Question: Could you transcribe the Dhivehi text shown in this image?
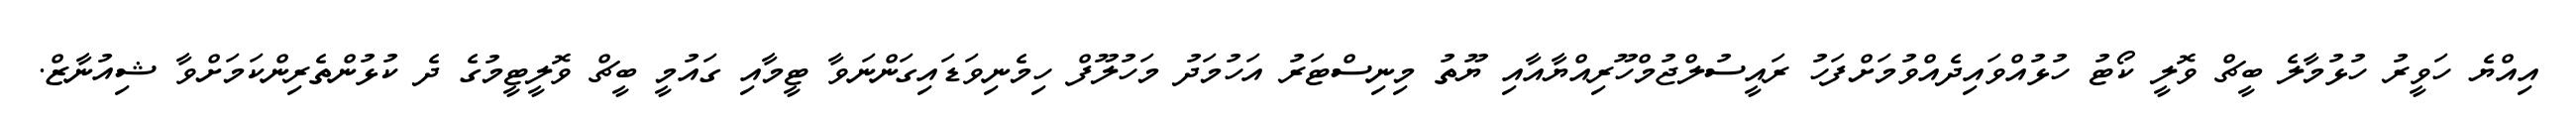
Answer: އިއްޔެ ހަވީރު ހުޅުމާލެ ބީޗް ވޮލީ ކޯޓު ހުޅުއްވައިދެއްވުމަށްފަހު ރައީސުލްޖުމްހޫރިއްޔާއާއި ޔޫތު މިނިސްޓަރު އަހުމަދު މަހުލޫފް ހިމެނިވަޑައިގަންނަވާ ޓީމާއި ގައުމީ ބީޗް ވޮލީޓީމުގެ ދެ ކުޅުންތެރިންކަމަށްވާ ޝިއުނާޒް.